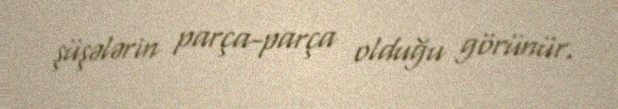
şüşələrin parça-parça olduğu görünür.